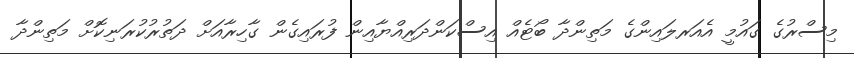
މިސްރުގެ ގައުމީ އެއަރލައިންގެ މަތިންދާ ބޯޓެއް އިސްކަންދަރިއްޔާއިން ފުރައިގެން ގާހިރާއަށް ދަތުރުކުރަނިކޮށް މަތިންދާ